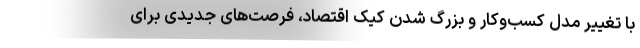
با تغییر مدل کسب‌وکار و بزرگ شدن کیک اقتصاد، فرصت‌های جدیدی برای